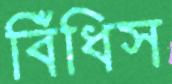
বিঁধিস